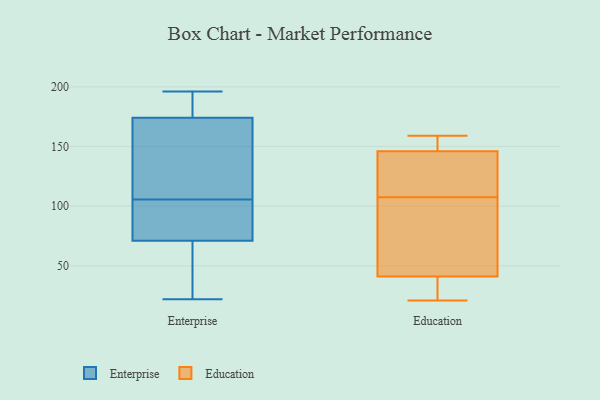
{"axis": {"x": "Backlog", "y": "Value"}, "legend": ["Education", "Enterprise"], "data": [{"x": "", "y": 190, "type": "Enterprise"}, {"x": "", "y": 110, "type": "Enterprise"}, {"x": "", "y": 71, "type": "Enterprise"}, {"x": "", "y": 126, "type": "Enterprise"}, {"x": "", "y": 148, "type": "Enterprise"}, {"x": "", "y": 49, "type": "Enterprise"}, {"x": "", "y": 90, "type": "Enterprise"}, {"x": "", "y": 101, "type": "Enterprise"}, {"x": "", "y": 22, "type": "Enterprise"}, {"x": "", "y": 124, "type": "Enterprise"}, {"x": "", "y": 187, "type": "Enterprise"}, {"x": "", "y": 38, "type": "Enterprise"}, {"x": "", "y": 82, "type": "Enterprise"}, {"x": "", "y": 184, "type": "Enterprise"}, {"x": "", "y": 174, "type": "Enterprise"}, {"x": "", "y": 81, "type": "Enterprise"}, {"x": "", "y": 43, "type": "Enterprise"}, {"x": "", "y": 196, "type": "Enterprise"}, {"x": "", "y": 58, "type": "Education"}, {"x": "", "y": 126, "type": "Education"}, {"x": "", "y": 141, "type": "Education"}, {"x": "", "y": 23, "type": "Education"}, {"x": "", "y": 146, "type": "Education"}, {"x": "", "y": 159, "type": "Education"}, {"x": "", "y": 30, "type": "Education"}, {"x": "", "y": 89, "type": "Education"}, {"x": "", "y": 134, "type": "Education"}, {"x": "", "y": 157, "type": "Education"}, {"x": "", "y": 46, "type": "Education"}, {"x": "", "y": 21, "type": "Education"}, {"x": "", "y": 41, "type": "Education"}, {"x": "", "y": 148, "type": "Education"}, {"x": "", "y": 40, "type": "Education"}, {"x": "", "y": 137, "type": "Education"}, {"x": "", "y": 83, "type": "Education"}, {"x": "", "y": 148, "type": "Education"}]}